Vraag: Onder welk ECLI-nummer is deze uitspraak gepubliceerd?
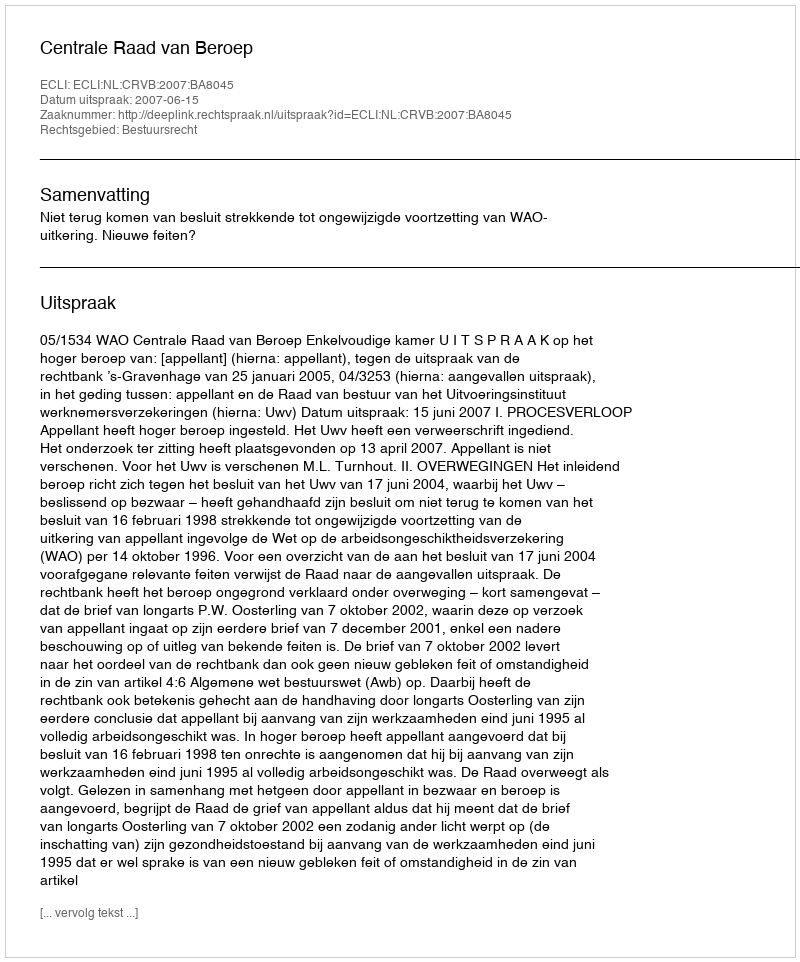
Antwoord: ECLI:NL:CRVB:2007:BA8045